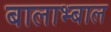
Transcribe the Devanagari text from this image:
बालाभ्बाल